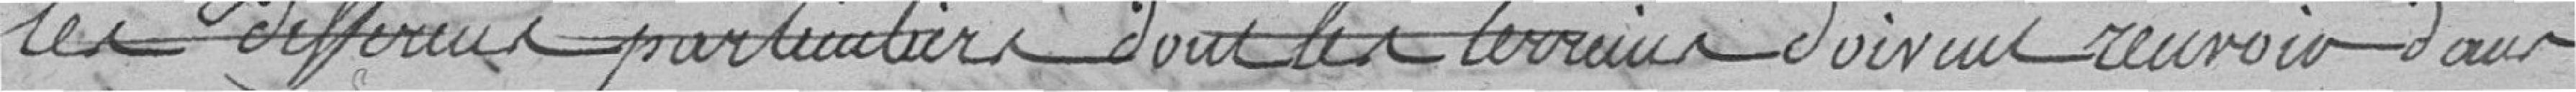
les différents particuliers dont les terrains doivent recevoir dans